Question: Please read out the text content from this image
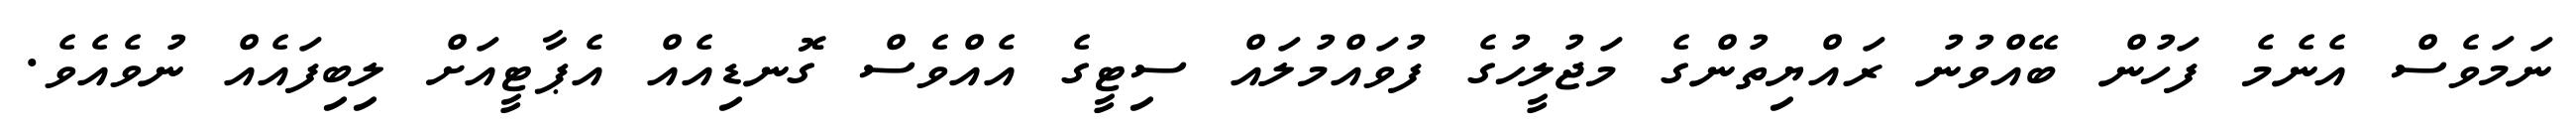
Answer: ނަމަވެސް އެނެމެ ފަހުން ބޭއްވުނު ރައްޔިތުންގެ މަޖުލީހުގެ ފުވައްމުލައް ސިޓީގެ އެއްވެސް ގޮނޑިއެއް އެޕާޓީއަށް ލިބިފައެއް ނުވެއެވެ.